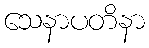
သေနာပတိနာ